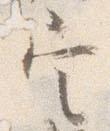
定